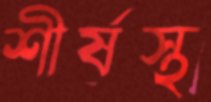
শীর্ষস্থ